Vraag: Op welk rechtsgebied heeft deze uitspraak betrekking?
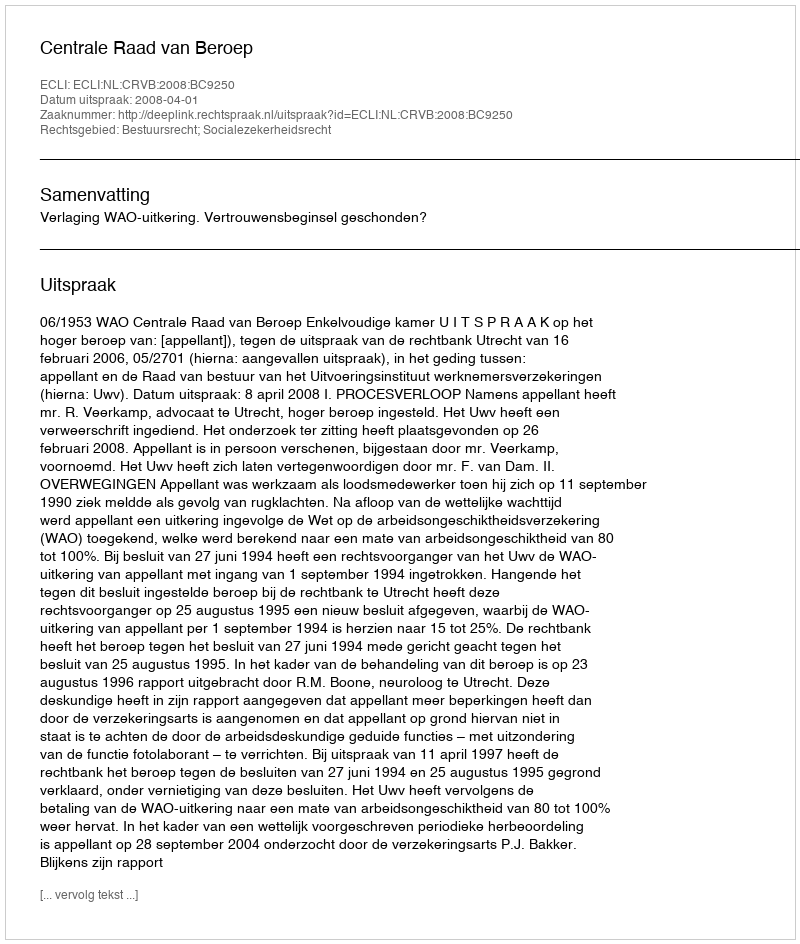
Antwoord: Bestuursrecht; Socialezekerheidsrecht